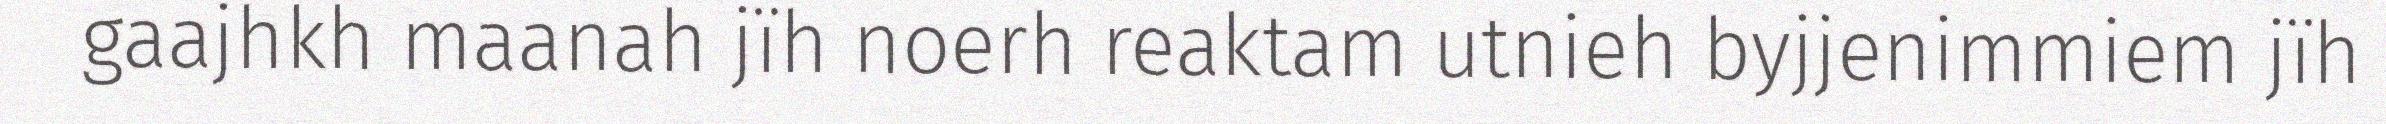
gaajhkh maanah jïh noerh reaktam utnieh byjjenimmiem jïh